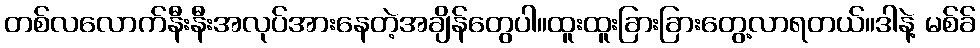
တစ်လလောက်နီးနီးအလုပ်အားနေတဲ့အချိန်တွေပါ။ထူးထူးခြားခြားတွေ့လာရတယ်။ဒါနဲ့ မစ်ခ်